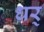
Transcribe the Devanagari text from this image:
धर्